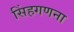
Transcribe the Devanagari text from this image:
सिंहगणना